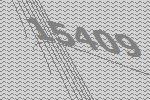
15409